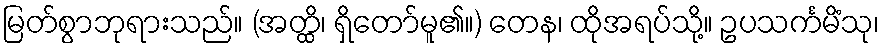
မြတ်စွာဘုရားသည်။ (အတ္ထိ၊ ရှိတော်မူ၏။) တေန၊ ထိုအရပ်သို့။ ဥပသင်္ကမိံသု၊